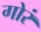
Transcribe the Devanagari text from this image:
गोरं